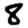
Digit: 8